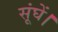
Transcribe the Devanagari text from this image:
सूंघें।